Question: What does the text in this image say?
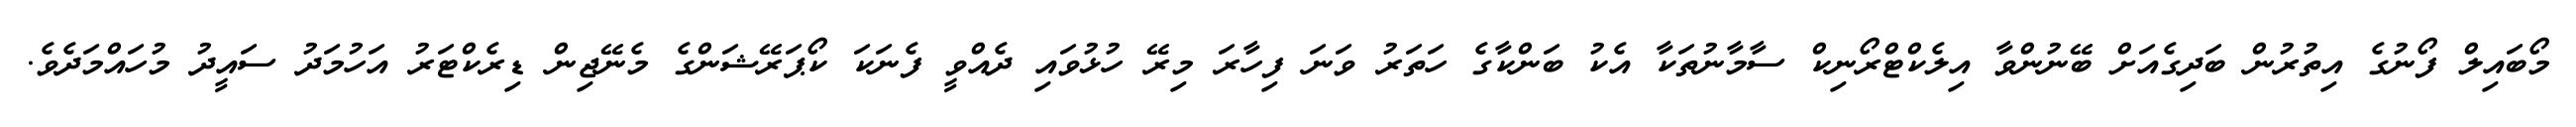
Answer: މޯބައިލް ފޯނުގެ އިތުރުން ބަދިގެއަށް ބޭނުންވާ އިލެކްޓްރޯނިކް ސާމާނުތަކާ އެކު ބަންކާގެ ހަތަރު ވަނަ ފިހާރަ މިރޭ ހުޅުވައި ދެއްވީ ފެނަކަ ކޯޕަރޭޝަންގެ މެނޭޖިން ޑިރެކްޓަރު އަހުމަދު ސައީދު މުހައްމަދެވެ.